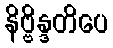
နိဗ္ဗိန္ဒတိပေ